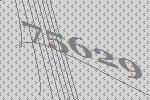
75629